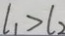
l _ { 1 } > l _ { 2 }